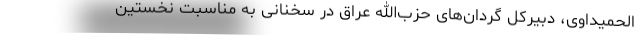
الحمیداوی، دبیرکل گردان‌های حزب‌الله عراق در سخنانی به مناسبت نخستین